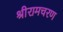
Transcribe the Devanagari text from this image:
श्रीरामचरण